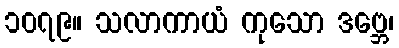
၁၀၇၉။ သလာကာယံ ကုသော ဒဗ္ဘေ၊